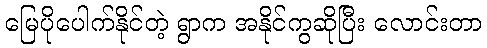
မြေပိုပေါက်နိုင်တဲ့ ရွာက အနိုင်ကွဆိုပြီး လောင်းတာ